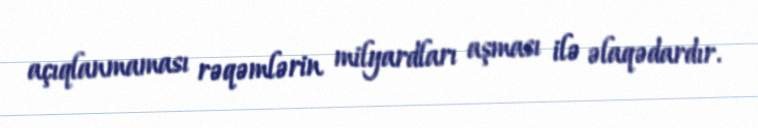
açıqlanmaması rəqəmlərin milyardları aşması ilə əlaqədardır.